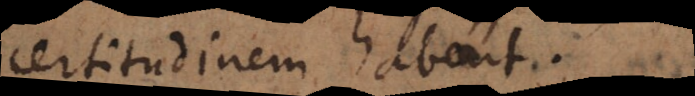
rtitudinem habent.